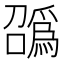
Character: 𫬑